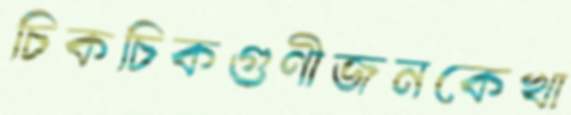
চিকচিকগুণীজনকেখা